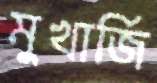
মুখার্জি